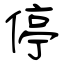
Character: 停